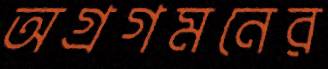
অগ্রগমনের